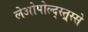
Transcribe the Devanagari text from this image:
लेओपोल्द्स्त्र्स्से